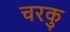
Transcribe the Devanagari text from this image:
चरकु